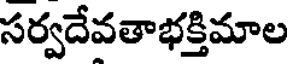
సర్వదేవతాభక్తిమాల